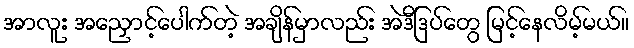
အာလူး အညှောင့်ပေါက်တဲ့ အချိန်မှာလည်း အဲဒီဒြပ်တွေ မြင့်နေလိမ့်မယ်။